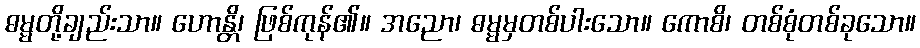
ဓမ္မတို့ချည်းသာ။ ဟောန္တိ၊ ဖြစ်ကုန်၏။ အညော၊ ဓမ္မမှတစ်ပါးသော။ ကောစိ၊ တစ်စုံတစ်ခုသော။